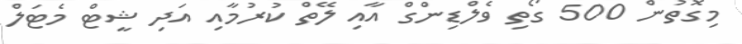
މިގޮތުން 500 ގޯތި ވެލްޑިންގް އާއި ލޭތް ކުރުމާއި އަދި ޝީޓް މެޓަލް